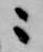
ニ